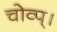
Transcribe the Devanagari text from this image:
चोव्प्।